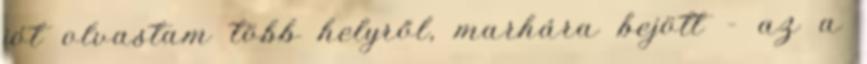
jót olvastam több helyről, marhára bejött – az a